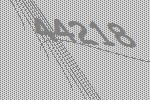
44218